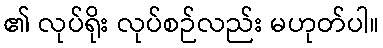
၏ လုပ်ရိုး လုပ်စဉ်လည်း မဟုတ်ပါ။